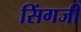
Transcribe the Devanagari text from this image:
सिंगजी